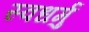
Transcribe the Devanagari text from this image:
स्वधर्मु